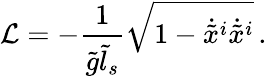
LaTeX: {\cal L}=-\frac{1}{\tilde{g}\tilde{l}_{s}}\sqrt{1-\dot{\tilde{x}}^{i}\dot{\tilde{x}}^{i}}\, .